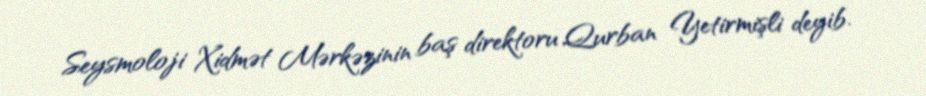
Seysmoloji Xidmət Mərkəzinin baş direktoru Qurban Yetirmişli deyib.